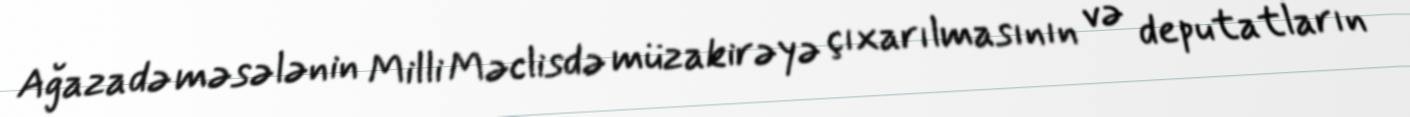
Ağazadə məsələnin Milli Məclisdə müzakirəyə çıxarılmasının və deputatların